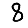
Digit: 8